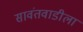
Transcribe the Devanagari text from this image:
सावंतवाडीला